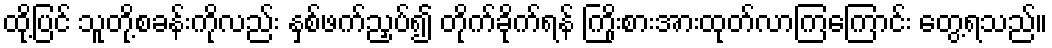
ထို့ပြင် သူတို့စခန်းကိုလည်း နှစ်ဖက်ညှပ်၍ တိုက်ခိုက်ရန် ကြိုးစားအားထုတ်လာကြကြောင်း တွေ့ရသည်။